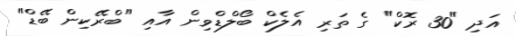
އަދި "30 ރޮކް" ގެ ތަރި އެލެކް ބޯލްޑްވިން އާއި "ބްރޭކިން ބޭޑް"